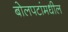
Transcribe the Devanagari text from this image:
बोलपटांमधील